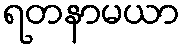
ရတနာမယာ